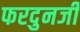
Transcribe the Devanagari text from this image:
फरदुनजी